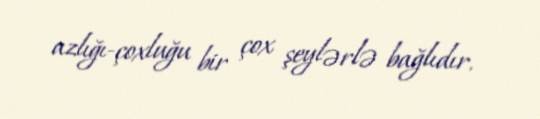
azlığı-çoxluğu bir çox şeylərlə bağlıdır.